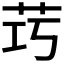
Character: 𱽒